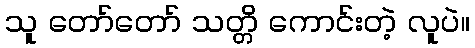
သူ တော်တော် သတ္တိ ကောင်းတဲ့ လူပဲ။